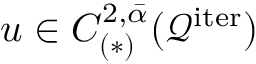
u \in C _ { ( \ast ) } ^ { 2 , \bar { \alpha } } ( \mathcal { Q } ^ { \mathrm { i t e r } } )